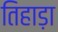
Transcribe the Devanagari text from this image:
तिहाड़ा